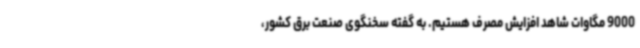
9000 مگاوات شاهد افزایش مصرف هستیم. به گفته سخنگوی صنعت برق کشور،